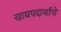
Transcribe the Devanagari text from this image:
खाद्यपदार्थाचे